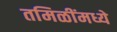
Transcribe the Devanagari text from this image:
तमिळींमध्ये